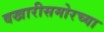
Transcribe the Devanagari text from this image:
वखारीसमोरच्या